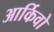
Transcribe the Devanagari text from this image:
आर्किवो